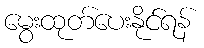
မွေးထုတ်ပေးနိုင်ရန်